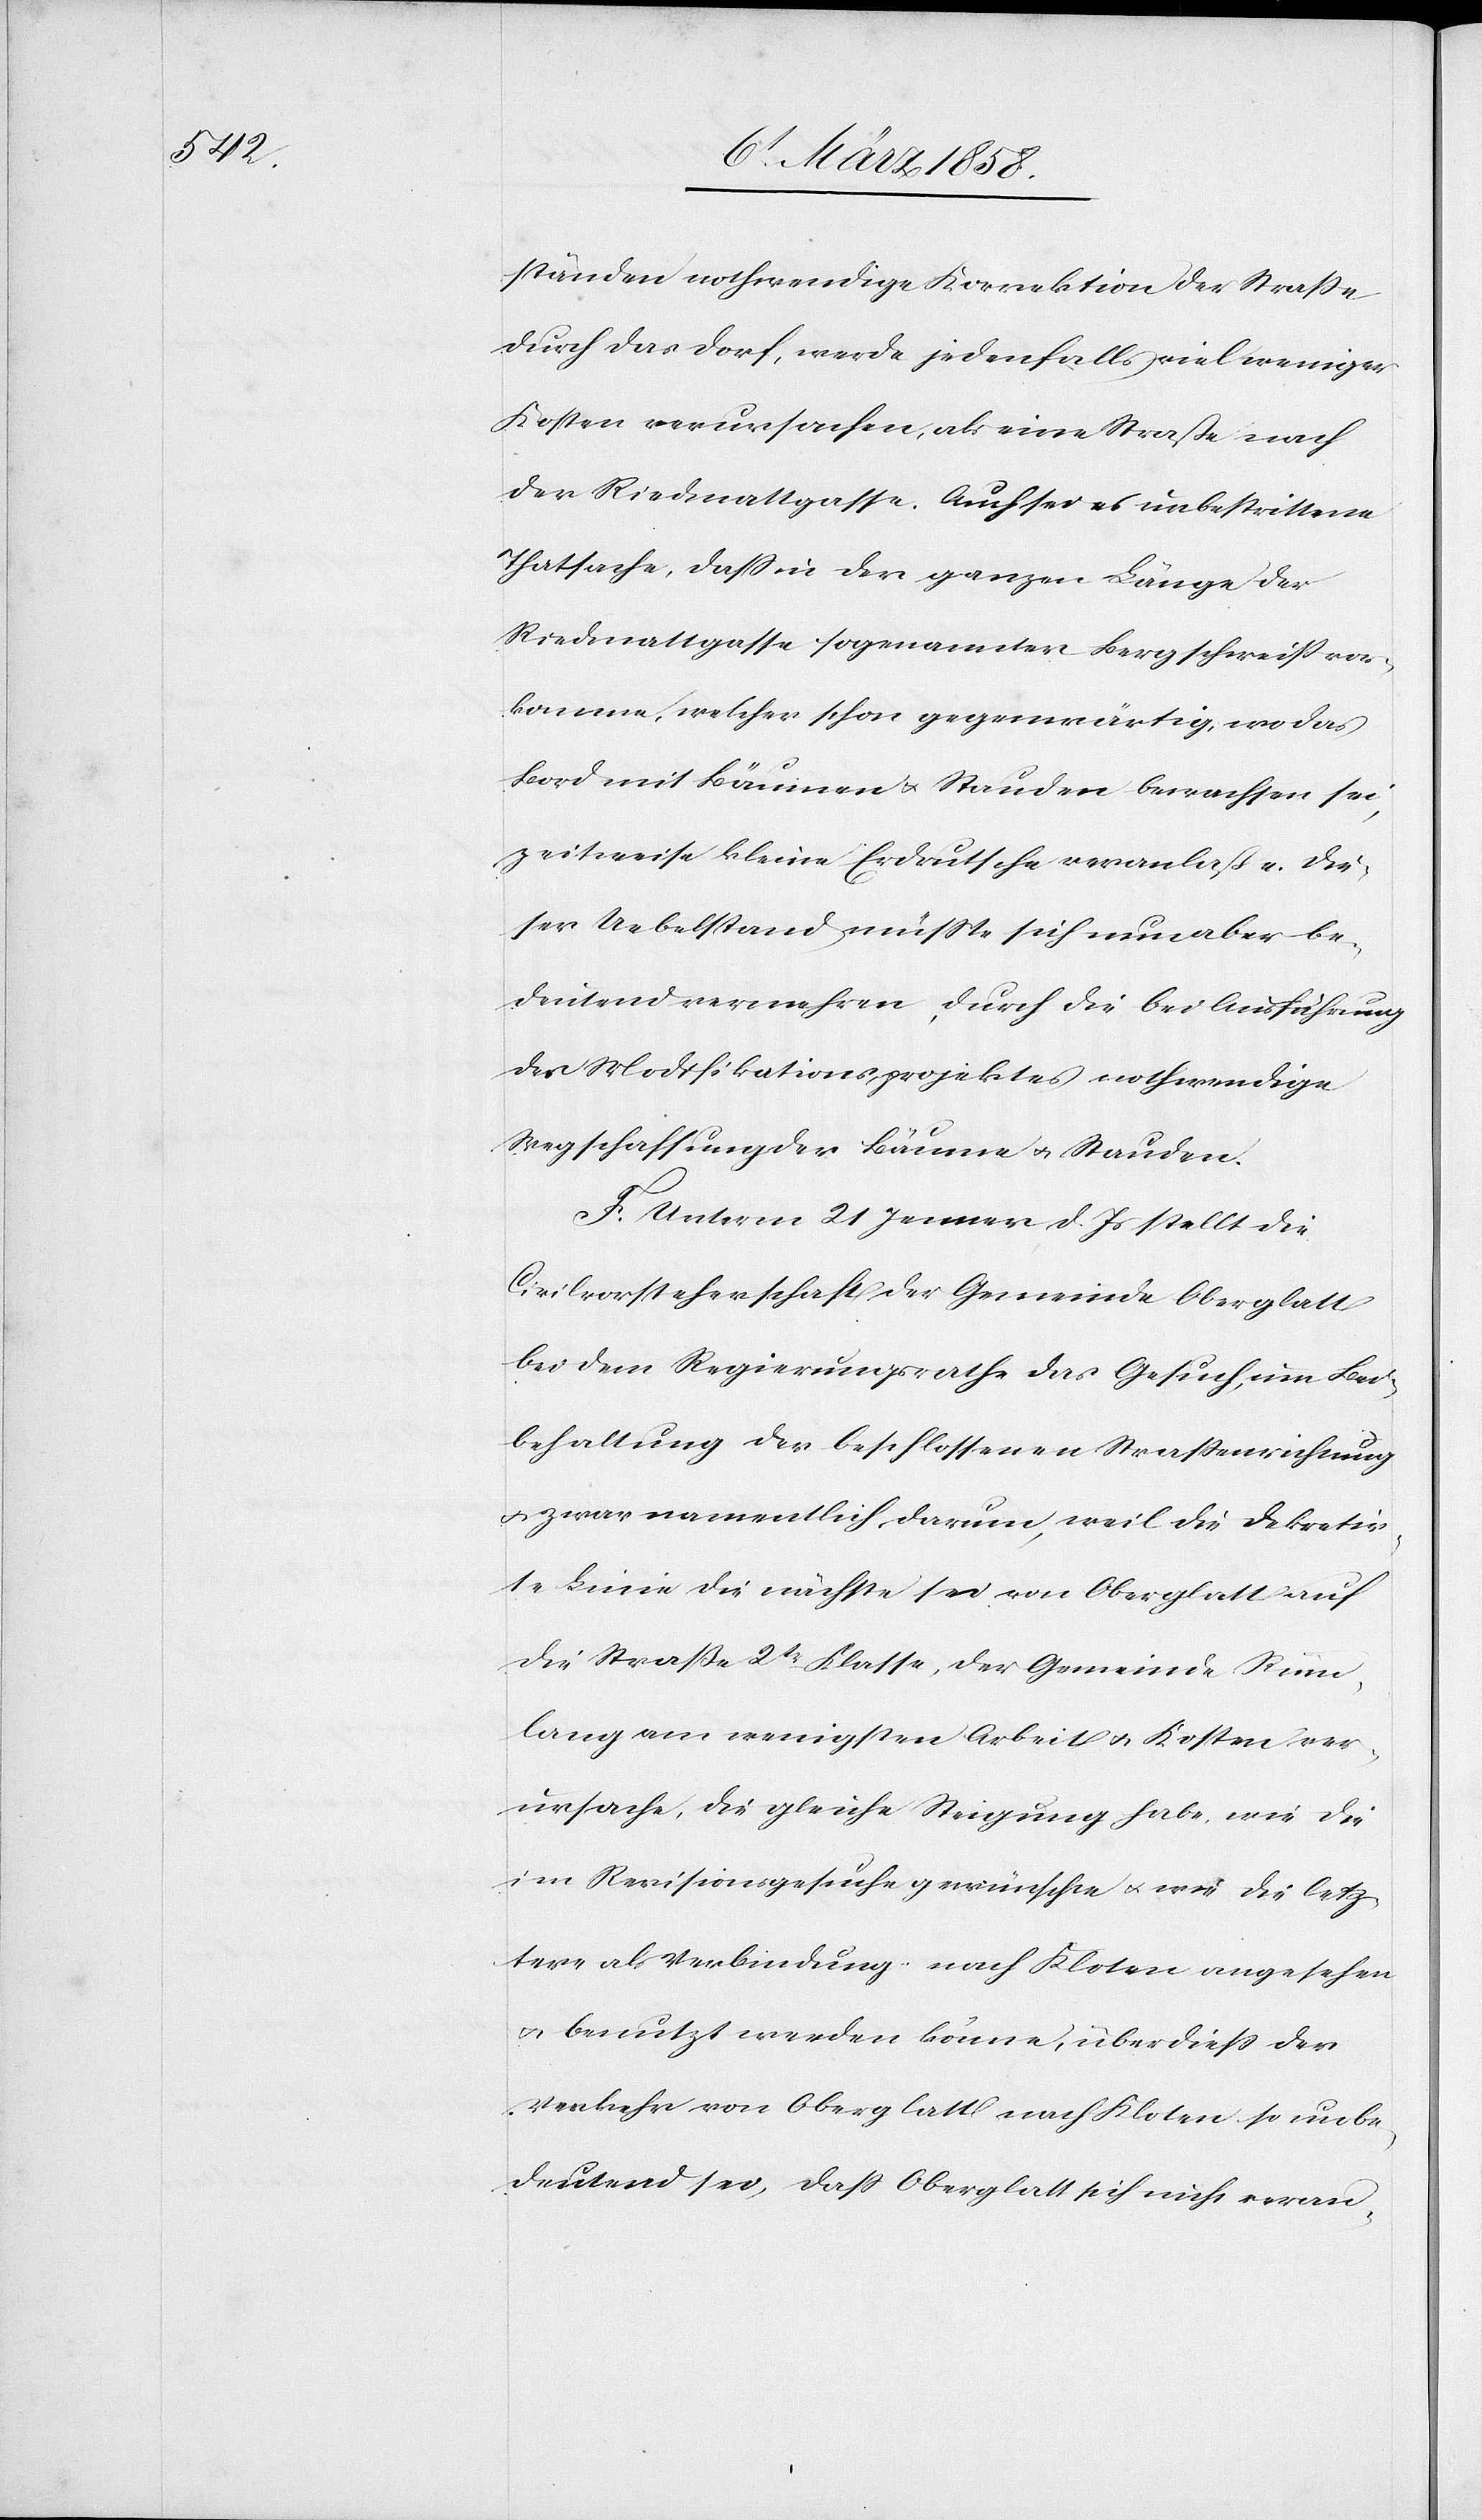
ständen nothwendige Korrektion der Straße
durch das Dorf, werde jedenfalls viel weniger
Kosten verursachen, als eine Straße nach
der Riedmattgasse. Auch sei es unbestrittene
Thatsache, daß in der ganzen Länge der
Riedmattgasse sogenannter Bergschweiß vor¬
komme, welcher schon gegenwärtig, wo das
Bord mit Bäumen u. Stauden bewachsen sei,
zeitweise kleine Erdrutsche veranlaßte. Die¬
ser Uebelstand müßte sich nun aber be¬
deutend vermehren, durch die bei Ausführung
des Modifikationsprojektes nothwendige
Wegschaffung der Bäume u. Stauden.
F. Unterm 21. Jenner d. Js. stellt die
Civilvorsteherschaft der Gemeinde Oberglatt
bei dem Regierungsrathe das Gesuch, um Bei¬
behaltung der beschlossenen Straßenrichtung
u. zwar namentlich darum, weil die dekretir¬
te Linie die nächste sei von Oberglatt auf
die Straße 2t Klasse, der Gemeinde Rüm¬
lang am wenigsten Arbeit u. Kosten ver¬
ursache, die gleiche Steigung habe, wie die
im Revisionsgesuche gewünschte u. wie die letz¬
tere als Verbindung nach Kloten angesehen
u. benutzt werden könne, überdieß der
Verkehr von Oberglatt nach Kloten so unbe¬
deutend sei, daß Oberglatt sich nicht veran-